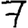
Digit: 7